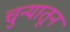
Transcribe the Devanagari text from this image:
चुन्यातून